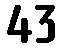
43